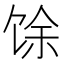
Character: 馀